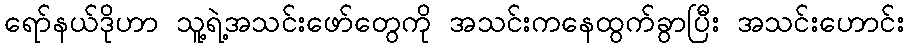
ရော်နယ်ဒိုဟာ သူ့ရဲ့အသင်းဖော်တွေကို အသင်းကနေထွက်ခွာပြီး အသင်းဟောင်း